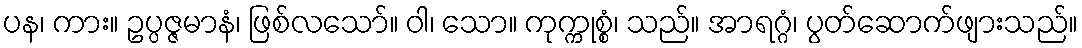
ပန၊ ကား။ ဥပ္ပဇ္ဇမာနံ၊ ဖြစ်လသော်။ ဝါ၊ သော။ ကုက္ကုစ္စံ၊ သည်။ အာရဂ္ဂံ၊ ပွတ်ဆောက်ဖျားသည်။